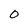
Character: O